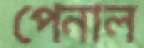
পেনাল